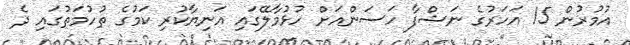
އުމުރުން 15 އަހަރުގެ ނަޝްފާ ހަސަންއަށް ހުޅުމާލޭގައި އަނިޔާކުރި ކަމުގެ ތުހުމަތުގައި ދެ